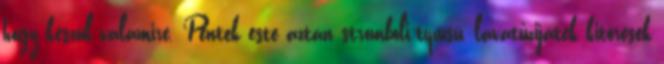
hogy készül valamire. Péntek este aztán stromboli-típusú, lávatűzijáték kitörések